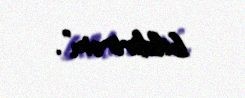
bildirirəm”.